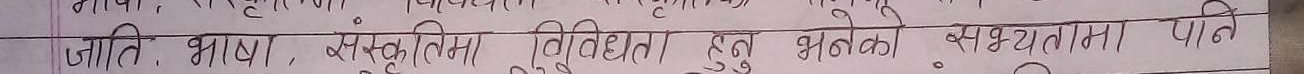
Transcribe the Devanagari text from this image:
जाति, भाषा, संस्कृतिमा विविधता हुनु भनेको सभ्यतामा पात